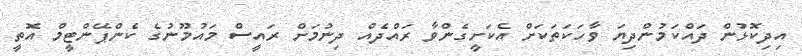
އިދިކޮޅުން ދައްކަމުންދިޔަ ވާހަކަތަކަށް އެކަށީގެންވާ ރައްދެއް ދިނުމަށް ރައީސް މައުމޫނުގެ ކެންޕޭންޓީމް އޮތީ